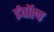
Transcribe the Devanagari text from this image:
ईवॉल्व